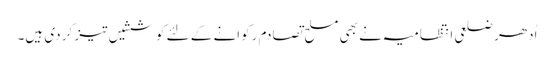
اُدھر ضلعی انتظامیہ نے بھی مسلح تصادم رکوانے کے لئے کوششیں تیز کر دی ہیں۔